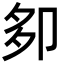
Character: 卶